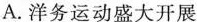
A.洋务运动盛大开展